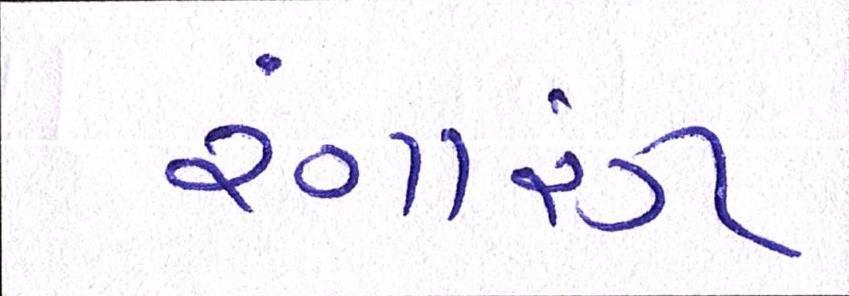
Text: રંગારંગ